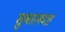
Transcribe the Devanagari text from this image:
सुबालदह